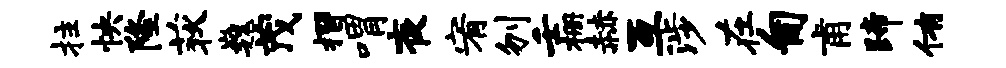
拄怏隆荻巍茂摺喟夜宥刎壬栅赫互涉在匍甫蹄侑